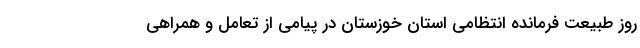
روز طبیعت فرمانده انتظامی استان خوزستان در پیامی از تعامل و همراهی